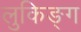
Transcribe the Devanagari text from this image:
लुकिङ्ग